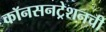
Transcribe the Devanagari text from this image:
कॉनसनट्रेशनची